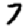
Digit: 7